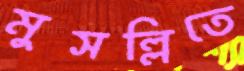
মুসল্লিতে